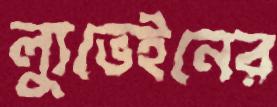
ল্যুভেইনের